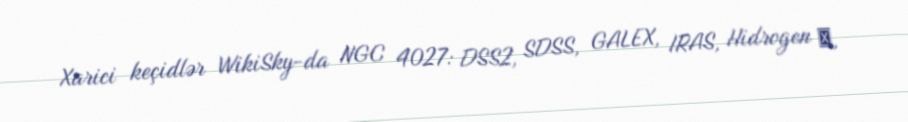
Xarici keçidlər WikiSky-da NGC 4027: DSS2, SDSS, GALEX, IRAS, Hidrogen α,